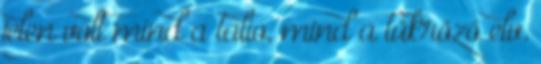
jelen volt mind a talio, mind a tükröző elv.